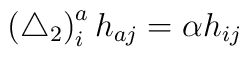
\left( \triangle _{2}\right) _{i}^{a}h_{aj}=\alpha h_{ij}